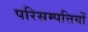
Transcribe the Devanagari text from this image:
परिसम्‍पत्तियों